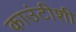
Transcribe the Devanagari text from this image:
काउंटीशी